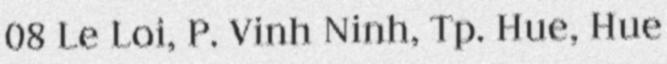
08 Le Loi, P. Vinh Ninh, Tp. Hue, Hue